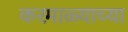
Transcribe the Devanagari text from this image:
करमाळ्याच्या